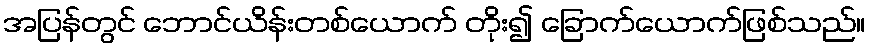
အပြန်တွင် ဘောင်ယိန်းတစ်ယောက် တိုး၍ ခြောက်ယောက်ဖြစ်သည်။